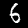
Label: 6